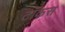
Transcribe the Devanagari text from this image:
टॉकस